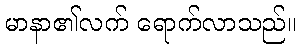
မာနာ၏လက် ရောက်လာသည်။